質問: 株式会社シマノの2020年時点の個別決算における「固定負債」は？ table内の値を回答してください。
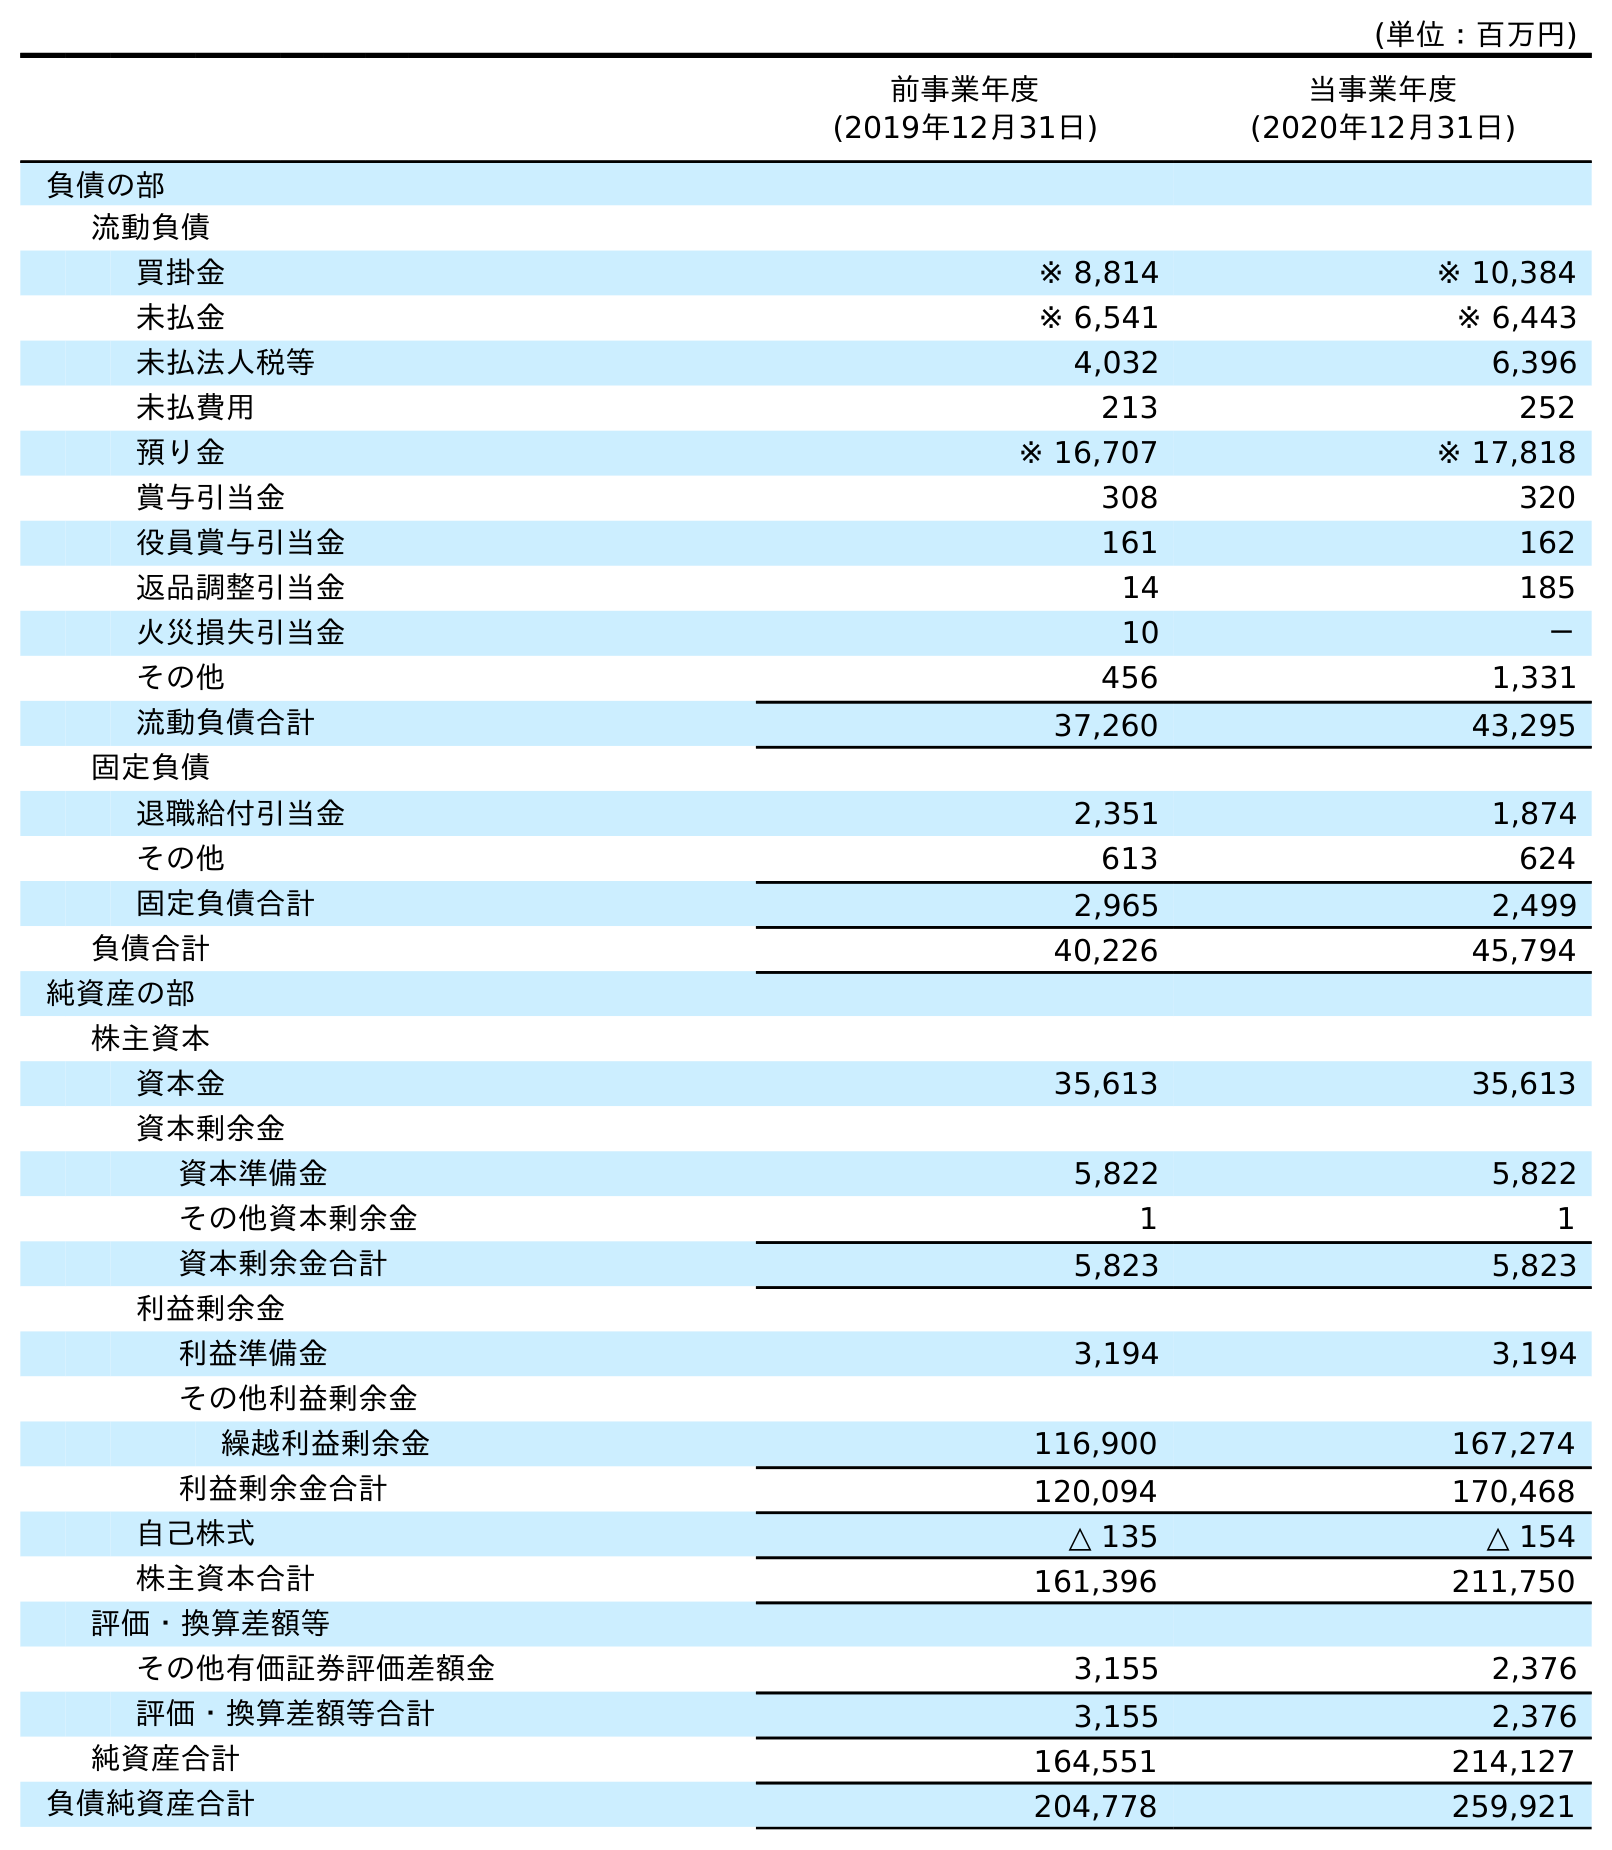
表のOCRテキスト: (単位：百万円) 前事業年度 (2019年12月31日) 当事業年度 (2020年12月31日) 負債の部 流動負債 買掛金 ※ 8,814 ※ 10,384 未払金 ※ 6,541 ※ 6,443 未払法人税等 4,032 6,396 未払費用 213 252 預り金 ※ 16,707 ※ 17,818 賞与引当金 308 320 役員賞与引当金 161 162 返品調整引当金 14 185 火災損失引当金 10 － その他 456 1,331 流動負債合計 37,260 43,295 固定負債 退職給付引当金 2,351 1,874 その他 613 624 固定負債合計 2,965 2,499 負債合計 40,226 45,794 純資産の部 株主資本 資本金 35,613 35,613 資本剰余金 資本準備金 5,822 5,822 その他資本剰余金 1 1 資本剰余金合計 5,823 5,823 利益剰余金 利益準備金 3,194 3,194 その他利益剰余金 繰越利益剰余金 116,900 167,274 利益剰余金合計 120,094 170,468 自己株式 △ 135 △ 154 株主資本合計 161,396 211,750 評価・換算差額等 その他有価証券評価差額金 3,155 2,376 評価・換算差額等合計 3,155 2,376 純資産合計 164,551 214,127 負債純資産合計 204,778 259,921
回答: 2,499